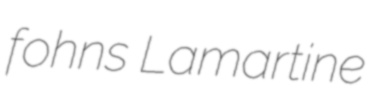
fohns Lamartine